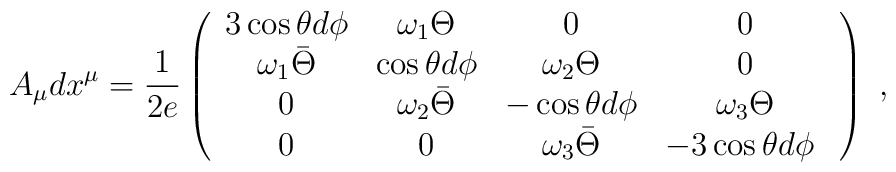
A_{\mu}  dx^\mu   =  \frac{1}{2e} \left( \begin{array}{cccc}3\cos\theta d\phi & \omega_1 \Theta & 0 & 0 \\\omega_1 \bar \Theta & \cos\theta d\phi & \omega_2 \Theta & 0 \\0 & \omega_2 \bar \Theta & -\cos\theta d\phi & \omega_3 \Theta \\0 & 0 & \omega_3 \bar \Theta & -3\cos\theta d\phi\   \end{array} \right)\ ,